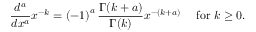
{ \frac { d ^ { a } } { d x ^ { a } } } x ^ { - k } = \left( - 1 \right) ^ { a } { \frac { \Gamma ( k + a ) } { \Gamma ( k ) } } x ^ { - ( k + a ) } \quad { \mathrm { ~ f o r ~ } } k \geq 0 .